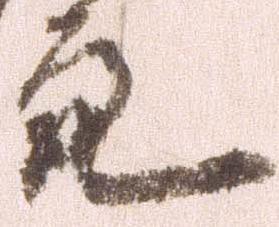
亮